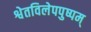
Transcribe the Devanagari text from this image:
श्वेतविलेपपुष्पम्